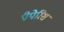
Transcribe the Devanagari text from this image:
प्रीपेरिस